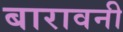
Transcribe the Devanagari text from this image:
बारावनी